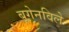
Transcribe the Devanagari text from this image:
बूगेनविले